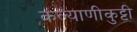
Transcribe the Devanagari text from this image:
कल्याणीकुट्टी